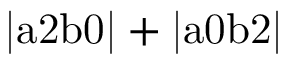
\mathrm { | a 2 b 0 | + | a 0 b 2 | }